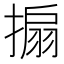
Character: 搧